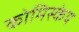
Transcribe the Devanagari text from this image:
कोमिस्केय